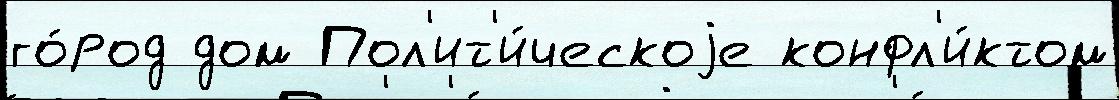
го́род дом Пол'ит'и́ческоjе конфл'и́ктом